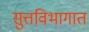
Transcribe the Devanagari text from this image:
सुत्तविभागात